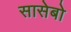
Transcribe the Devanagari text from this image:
सासेबो